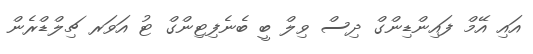
އައި އޭމް ފައިންޑިންގް ދިސް ވިލް ބީ ބެނެފިޓިންގް ޓު އަވަރ ޗިލްޑްރެން